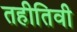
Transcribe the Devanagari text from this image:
तहीतिवी